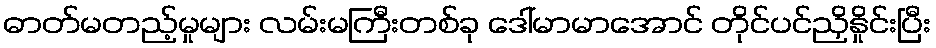
ဓာတ်မတည့်မှုများ လမ်းမကြီးတစ်ခု ဒေါ်မာမာအောင် တိုင်ပင်ညှိနှိုင်းပြီး